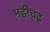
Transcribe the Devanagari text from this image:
महीचंद्र